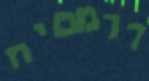
דרמטית